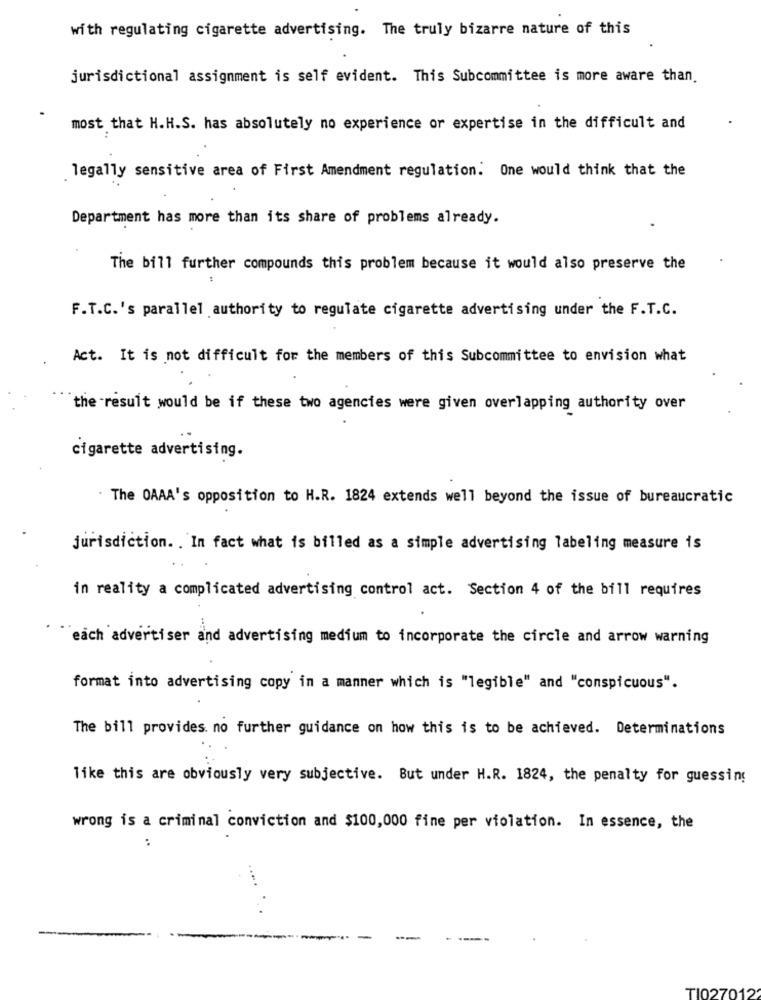
with regulating cigarette advertising. The truly bizarre nature of this
jurisdictional assignment is self evident. This Subcommittee is more aware than.
most that H.H.S. has absolutely no experience or expertise in the difficult and
legally sensitive area of First Amendment regulation. One would think that the
Department has more than its share of problems already.
The bill further compounds this problem because it would also preserve the
F.T.C.'s parallel authority to regulate cigarette advertising under the F.T.C.
Act. It is not difficult for the members of this Subcommittee to envision what
the result would be if these two agencies were given overlapping authority over
cigarette advertising.
The OAAA's opposition to H.R. 1824 extends well beyond the issue of bureaucratic
jurisdiction. . In fact what is billed as a simple advertising labeling measure is
in reality a complicated advertising control act. Section 4 of the bill requires
"each advertiser and advertising medium to incorporate the circle and arrow warning
format into advertising copy in a manner which is "legible" and "conspicuous".
The bill provides. no further guidance on how this is to be achieved. Determinations
like this are obviously very subjective. But under H.R. 1824, the penalty for guessing
wrong is a criminal conviction and $100,000 fine per violation. In essence, the
...
....
...
TI027012